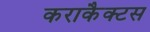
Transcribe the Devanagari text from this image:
कराकैक्टस